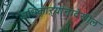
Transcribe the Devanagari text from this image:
अधिकाऱ्यांनादेखील